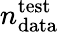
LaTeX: n_{\mathrm{data}}^{\mathrm{test}}